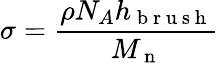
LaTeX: \sigma=\frac{\rho N_{A}h_{\mathrm{~b~r~u~s~h~}}}{M_{\mathrm{~n~}}}